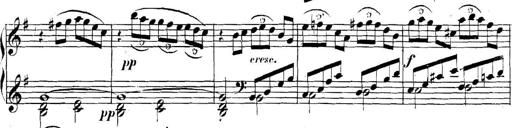
Title: Collected Piano Sonatas
Composer: Muzio Clementi